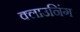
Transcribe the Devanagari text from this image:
क्लाउनिंग